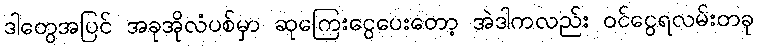
ဒါတွေအပြင် အခုအိုလံပစ်မှာ ဆုကြေးငွေပေးတော့ အဲဒါကလည်း ဝင်ငွေရလမ်းတခု